Report on vaccination in the Province of Bengal - 1869-1873
Year: 1869
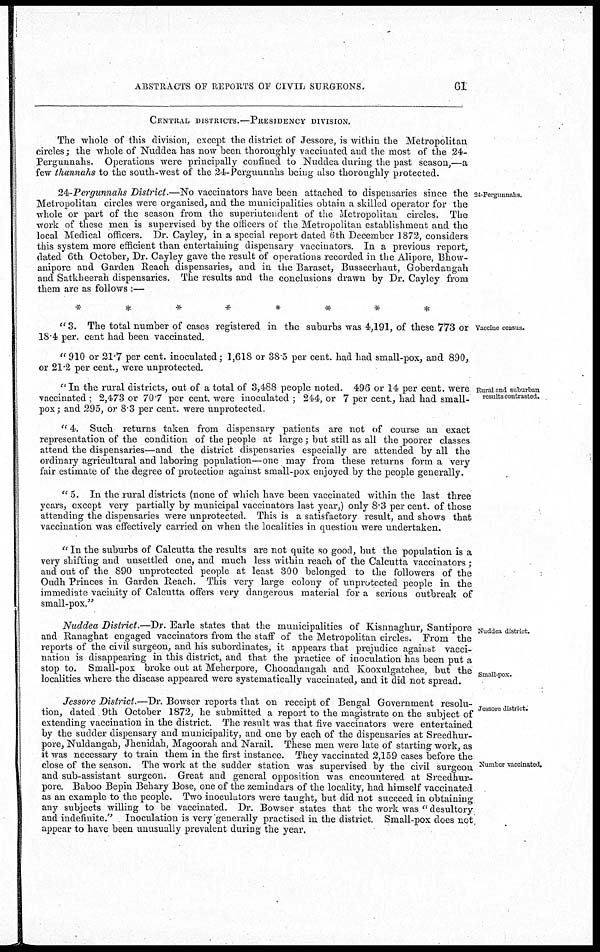
ABSTRACTS OF REPORTS OF CIVIL SURGEONS.
61
CENTRAL DISTRICTS.—PRESIDENCY DIVISION.
The whole of this division, except the district of Jessore, is within the Metropolitan
circles; the whole of Nuddea has now been thoroughly vaccinated and the most of the 24-
Pergunnahs. Operations were principally confined to Nuddea during the past season,—a
few thannahs to the south-west of the 24-Perguunahs being also thoroughly protected.
24-Pergunnahs.
24-Pergunnahs District.—No vaccinators have been attached to dispensaries since the
Metropolitan circles were organised, and the municipalities obtain a skilled operator for the
whole or part of the season from the superintendent of the Metropolitan circles. The
work of these men is supervised by the officers of the Metropolitan establishment and the
local Medical officers. Dr. Cayley, in a special report dated 6th December 1872, considers
this system more efficient than entertaining dispensary vaccinators. In a previous report,
dated 6th October, Dr. Cayley gave the result of operations recorded in the Alipore, Bhow¬
anipore and Garden Reach dispensaries, and in the Baraset, Busseerhaut, Goberdangah
and Satkheerah dispensaries. The results and the conclusions drawn by Dr. Cayley from
them are as follows :—
Vaccine census.
" 3. The total number of cases registered in the suburbs was 4,191, of these 773 or
18.4 per. cent had been vaccinated.
" 910 or 21.7 per cent. inoculated; 1,618 or 38.5 per cent. had had small-pox, and 890,
or 21.2 per cent., were unprotected.
Rural and suburban
results contrasted.
"In the rural districts, out of a total of 3,488 people noted. 496 or 14 per cent. were
vaccinated ; 2,473 or 70.7 per cent. were inoculated ; 244, or 7 per cent., had had small-
pox ; and 295, or 8.3 per cent. were unprotected.
"4. Such returns taken from dispensary patients are not of course an exact
representation of the condition of the people at large; but still as all the poorer classes
attend the dispensaries—and the district dispensaries especially are attended by all the
ordinary agricultural and laboring population—one may from these returns form a very
fair estimate of the degree of protection against small-pox enjoyed by the people generally.
" 5. In the rural districts (none of which have been vaccinated within the last three
years, except very partially by municipal vaccinators last year,) only 8.3 per cent. of those
attending the dispensaries were unprotected. This is a satisfactory result, and shows that
vaccination was effectively carried on when the localities in question were undertaken.
" In the suburbs of Calcutta the results are not quite so good, but the population is a
very shifting and unsettled one, and much less within reach of the Calcutta vaccinators ;
and out of the 890 unprotected people at least 300 belonged to the followers of the
Oudh Princes in Garden Reach. This very large colony of unprotected people in the
immediate vacinity of Calcutta offers very dangerous material for a serious outbreak of
small-pox."
Nuddea district.
Small-pox.
Nuddea District.—Dr. Earle states that the municipalities of Kishnaghur, Santipore
and Ranaghat engaged vaccinators from the staff of the Metropolitan circles. From the
reports of the civil surgeon, and his subordinates, it appears that prejudice against vacci-
nation is disappearing in this district, and that the practice of inoculation has been put a
stop to. Small-pox broke out at Meherpore, Chooadangah and Kooxulgatchee, but the
localities where the disease appeared were systematically vaccinated, and it did not spread.
Jessore district.
Number vaccinated.
Jessore District.—Dr. Bowser reports that on receipt of Bengal Government resolu-
tion, dated 9th October 1872, he submitted a report to the magistrate on the subject of
extending vaccination in the district. The result was that five vaccinators were entertained
by the sudder dispensary and municipality, and one by each of the dispensaries at Sreedhur¬
pore, Nuldangah, Jhenidah, Magoorah and Narail. These men were late of starting work, as
it was necessary to train them in the first instance. They vaccinated 2,159 cases before the
close of the season. The work at the sudder station was supervised by the civil surgeon
and sub-assistant surgeon. Great and general opposition was encountered at Sreedhur¬
pore. Baboo Bepin Behary Bose, one of the zemindars of the locality, had himself vaccinated
as an example to the people. Two inoculators were taught, but did not succeed in obtaining
any subjects willing to be vaccinated. Dr. Bowser states that the work was " desultory
and indefinite." Inoculation is very generally practised in the district. Small-pox does not
appear to have been unusually prevalent during the year.